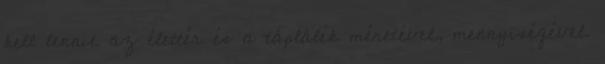
kell lennie az élettér és a táplálék méretével, mennyiségével.